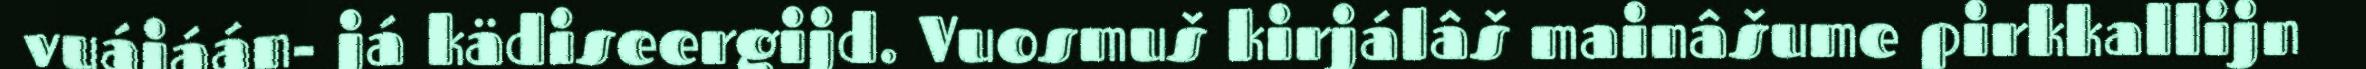
vuájáán- já kädiseergijd. Vuosmuš kirjálâš mainâšume pirkkallijn